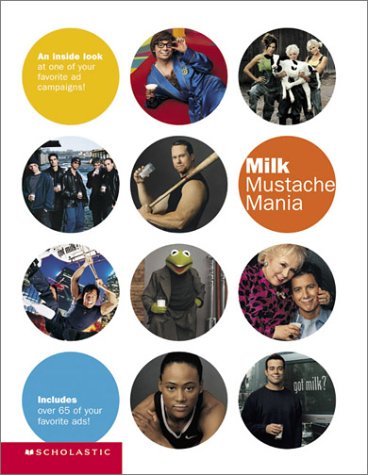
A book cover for Milk Mustache Mania; Bernie Hogya; Teen & Young Adult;